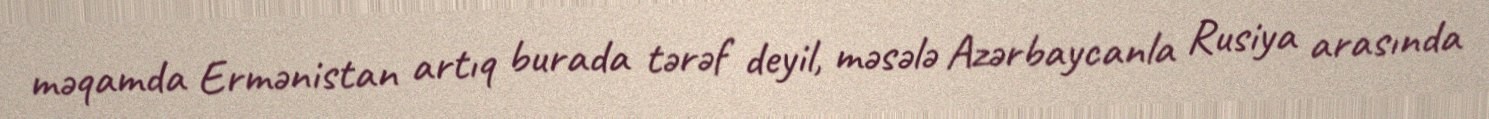
məqamda Ermənistan artıq burada tərəf deyil, məsələ Azərbaycanla Rusiya arasında